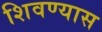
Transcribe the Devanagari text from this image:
शिवण्यास